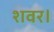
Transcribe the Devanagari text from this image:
शवर।